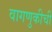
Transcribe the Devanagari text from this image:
वागणुकीची